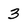
Character: 3